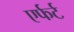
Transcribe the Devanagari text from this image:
एर्फर्ट